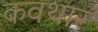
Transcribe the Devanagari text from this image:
कवथार